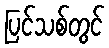
ပြင်သစ်တွင်